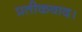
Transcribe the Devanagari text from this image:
प्रतीकवाद।